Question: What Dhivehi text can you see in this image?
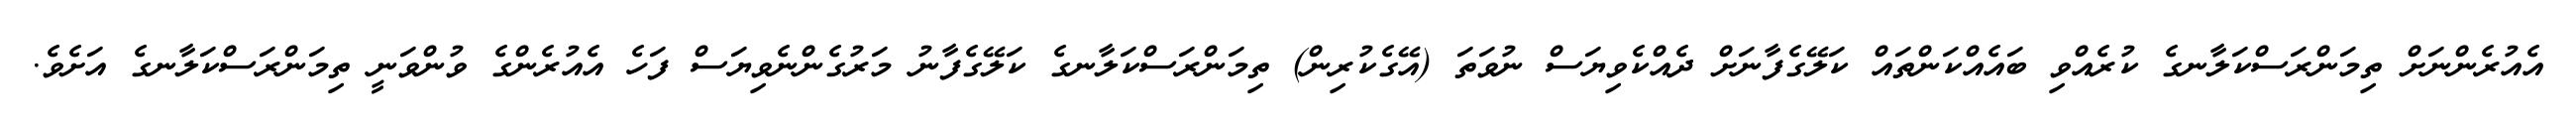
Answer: އެއުރެންނަށް ތިމަންރަސްކަލާނގެ ކުރެއްވި ބައެއްކަންތައް ކަލޭގެފާނަށް ދެއްކެވިޔަސް ނުވަތަ (އޭގެކުރިން) ތިމަންރަސްކަލާނގެ ކަލޭގެފާނު މަރުގެންނެވިޔަސް ފަހެ އެއުރެންގެ ވުންވަނީ ތިމަންރަސްކަލާނގެ އަށެވެ.